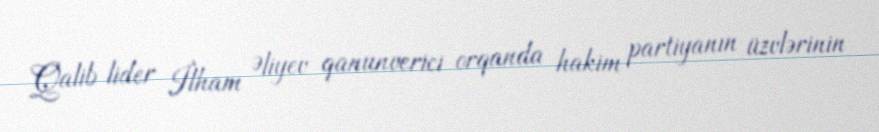
Qalib lider İlham Əliyev qanunverici orqanda hakim partiyanın üzvlərinin